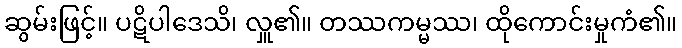
ဆွမ်းဖြင့်။ ပဋိပါဒေသိ၊ လှူ၏။ တဿကမ္မဿ၊ ထိုကောင်းမှုကံ၏။